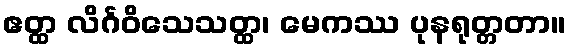
ဧတ္ထ လိင်္ဂဝိသေသတ္ထ၊ မေကဿ ပုနရုတ္တတာ။